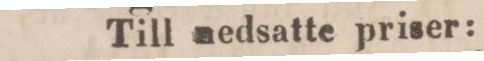
Till nedsatte priser: